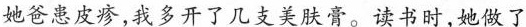
她爸患皮疹,我多开了几支美肤膏。读书时,她做了